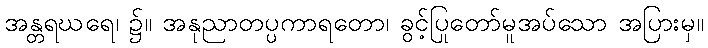
အန္တရဃရေ၊ ၌။ အနုညာတပ္ပကာရတော၊ ခွင့်ပြုတော်မူအပ်သော အပြားမှ။